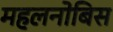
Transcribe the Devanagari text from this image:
महलनोबिस